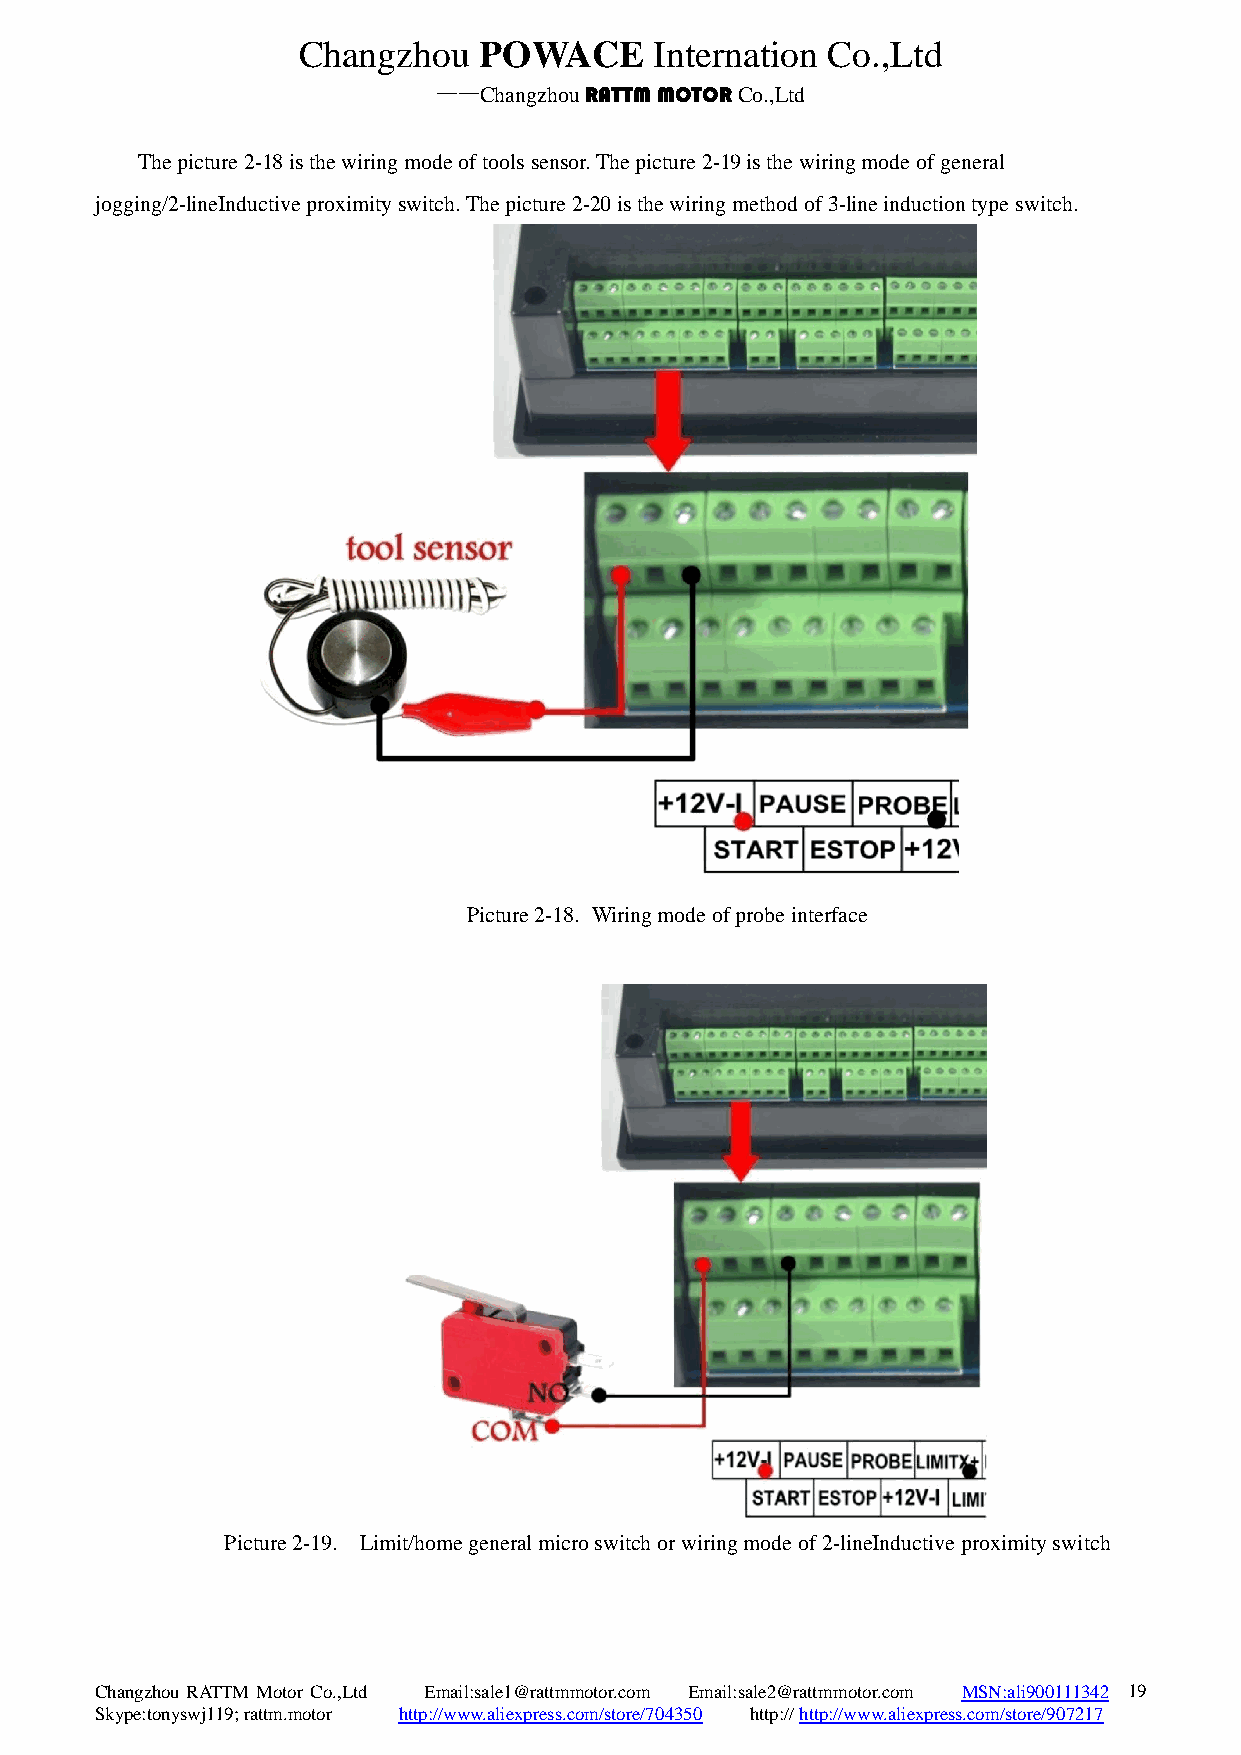
Changzhou   POWACE     Internation Co.,Ltd
 ——Changzhou RATTM MOTOR Co.,Ltd
 The picture 2-18 is the wiring mode of tools sensor. The picture 2-19 is the wiring mode of general
 jogging/2-lineInductive proximity switch. The picture 2-20 is the wiring method of 3-line induction type switch.
 Picture 2-18. Wiring mode of probe interface
 Picture 2-19. Limit/home general micro switch or wiring mode of 2-lineInductive proximity switch
 Changzhou RATTM Motor Co.,Ltd Email:sale1@rattmmotor.com Email:sale2@rattmmotor.com MSN:ali900111342 1 9
 Skype:tonyswj119; rattm.motor http://www.aliexpress.com/store/704350 http:// http://www.aliexpress.com/store/907217